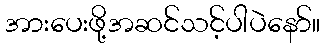
အားပေးဖို့အဆင်သင့်ပါပဲနော်။